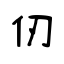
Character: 仞